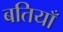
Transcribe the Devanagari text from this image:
बतियाँ